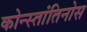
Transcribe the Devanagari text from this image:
कोन्स्तांतिनोस